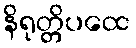
နိရုတ္တိပထေ